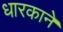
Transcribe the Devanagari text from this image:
धारकाने